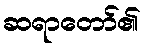
ဆရာတော်၏